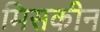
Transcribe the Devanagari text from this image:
मिसकीन